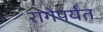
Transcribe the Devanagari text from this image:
रांगेपर्यंत